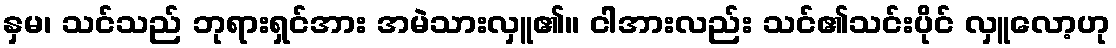
နှမ၊ သင်သည် ဘုရားရှင်အား အမဲသားလှူ၏။ ငါအားလည်း သင်၏သင်းပိုင် လှူလော့ဟု